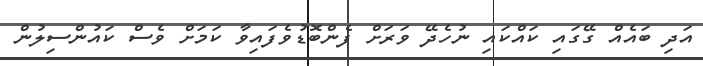
އަދި ބައެއް ގޭގައި ކައްކައި ނުހެދޭ ވަރަށް ފެންބޮޑުވެފައިވާ ކަމަށް ވެސް ކައުންސިލުން